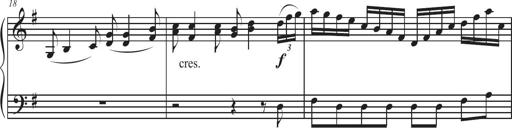
Title: Sonatina Espania
Composer: Jerald Franklin Archer
Key: Various